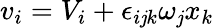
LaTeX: v_{i}=V_{i}+\epsilon_{i\mathit{j}k}\omega_{\mathit{j}}x_{k}